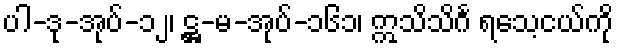
ပါ-ဒု-အုပ်-၁၂၊ ဋ္ဌ-မ-အုပ်-၁၆၁၊ ဣသိသိင်္ဂ ရသေ့ငယ်ကို